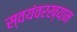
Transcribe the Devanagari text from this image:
स्वयंवरख्यान